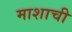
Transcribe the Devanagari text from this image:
माशाची